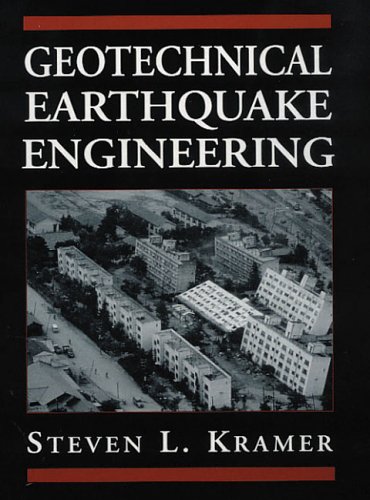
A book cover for Geotechnical Earthquake Engineering; Steven L. Kramer; Science & Math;